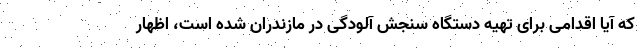
که آیا اقدامی برای تهیه دستگاه سنجش آلودگی در مازندران شده است، اظهار